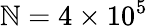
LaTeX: \mathbb{N}=4\times10^{5}